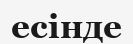
есінде